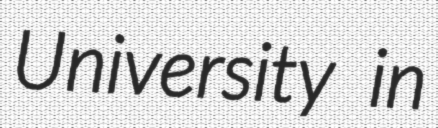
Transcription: University in